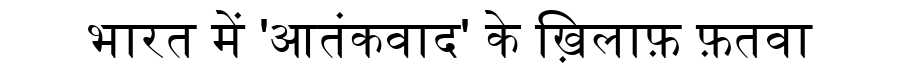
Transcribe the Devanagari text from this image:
भारत में 'आतंकवाद' के ख़िलाफ़ फ़तवा